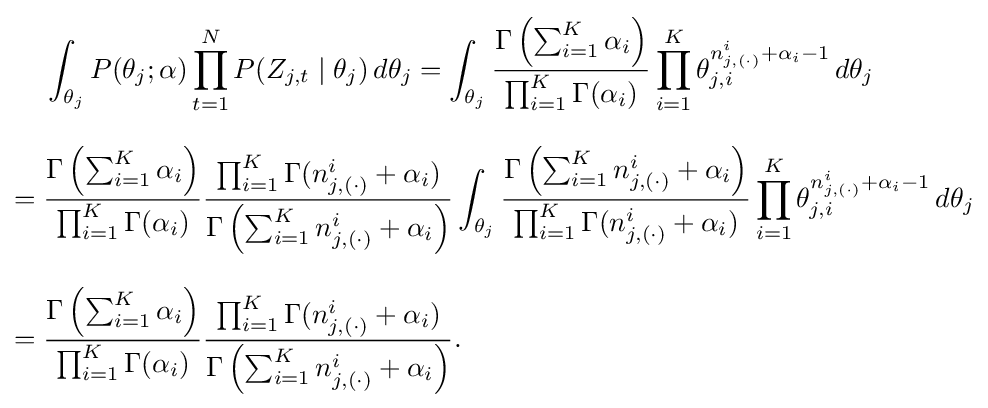
{\begin{aligned}&\int _{\theta _{j}}P(\theta _{j};\alpha )\prod _{t=1}^{N}P(Z_{j,t}\mid \theta _{j})\,d\theta _{j}=\int _{\theta _{j}}{\frac {\Gamma \left(\sum _{i=1}^{K}\alpha _{i}\right)}{\prod _{i=1}^{K}\Gamma (\alpha _{i})}}\prod _{i=1}^{K}\theta _{j,i}^{n_{j,(\cdot )}^{i}+\alpha _{i}-1}\,d\theta _{j}\\[8pt]={}&{\frac {\Gamma \left(\sum _{i=1}^{K}\alpha _{i}\right)}{\prod _{i=1}^{K}\Gamma (\alpha _{i})}}{\frac {\prod _{i=1}^{K}\Gamma (n_{j,(\cdot )}^{i}+\alpha _{i})}{\Gamma \left(\sum _{i=1}^{K}n_{j,(\cdot )}^{i}+\alpha _{i}\right)}}\int _{\theta _{j}}{\frac {\Gamma \left(\sum _{i=1}^{K}n_{j,(\cdot )}^{i}+\alpha _{i}\right)}{\prod _{i=1}^{K}\Gamma (n_{j,(\cdot )}^{i}+\alpha _{i})}}\prod _{i=1}^{K}\theta _{j,i}^{n_{j,(\cdot )}^{i}+\alpha _{i}-1}\,d\theta _{j}\\[8pt]={}&{\frac {\Gamma \left(\sum _{i=1}^{K}\alpha _{i}\right)}{\prod _{i=1}^{K}\Gamma (\alpha _{i})}}{\frac {\prod _{i=1}^{K}\Gamma (n_{j,(\cdot )}^{i}+\alpha _{i})}{\Gamma \left(\sum _{i=1}^{K}n_{j,(\cdot )}^{i}+\alpha _{i}\right)}}.\end{aligned}}